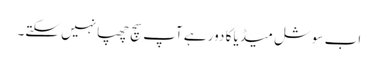
اب سوشل میڈیا کا دور ہے آپ سچ چھپانہیں سکتے۔